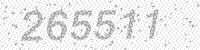
Solution: 265511